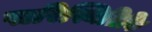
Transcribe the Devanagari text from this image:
पारिस्थितिकि